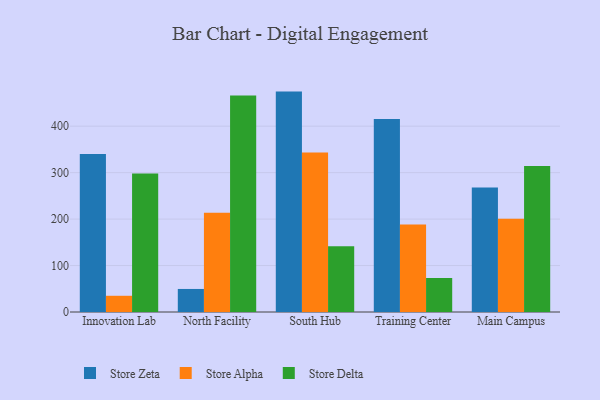
{"axis": {"x": "Campus", "y": "Latency (ms)"}, "legend": ["Store Alpha", "Store Delta", "Store Zeta"], "data": [{"x": "Innovation Lab", "y": 339.9, "type": "Store Zeta"}, {"x": "Innovation Lab", "y": 34.9, "type": "Store Alpha"}, {"x": "Innovation Lab", "y": 298.2, "type": "Store Delta"}, {"x": "North Facility", "y": 49.6, "type": "Store Zeta"}, {"x": "North Facility", "y": 213.7, "type": "Store Alpha"}, {"x": "North Facility", "y": 466.1, "type": "Store Delta"}, {"x": "South Hub", "y": 474.5, "type": "Store Zeta"}, {"x": "South Hub", "y": 343.3, "type": "Store Alpha"}, {"x": "South Hub", "y": 141.6, "type": "Store Delta"}, {"x": "Training Center", "y": 415.7, "type": "Store Zeta"}, {"x": "Training Center", "y": 188.6, "type": "Store Alpha"}, {"x": "Training Center", "y": 73.2, "type": "Store Delta"}, {"x": "Main Campus", "y": 267.9, "type": "Store Zeta"}, {"x": "Main Campus", "y": 200.7, "type": "Store Alpha"}, {"x": "Main Campus", "y": 314.2, "type": "Store Delta"}]}